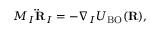
M _ { I } { \bf \ddot { R } } _ { I } = - \nabla _ { I } U _ { \mathrm { B O } } ( { \bf R } ) ,